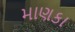
માણકા